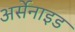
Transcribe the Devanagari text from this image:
अर्सेनाइड